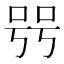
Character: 𠳯